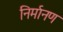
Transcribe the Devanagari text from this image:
निर्मानण